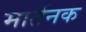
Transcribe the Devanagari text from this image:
मार्तनक